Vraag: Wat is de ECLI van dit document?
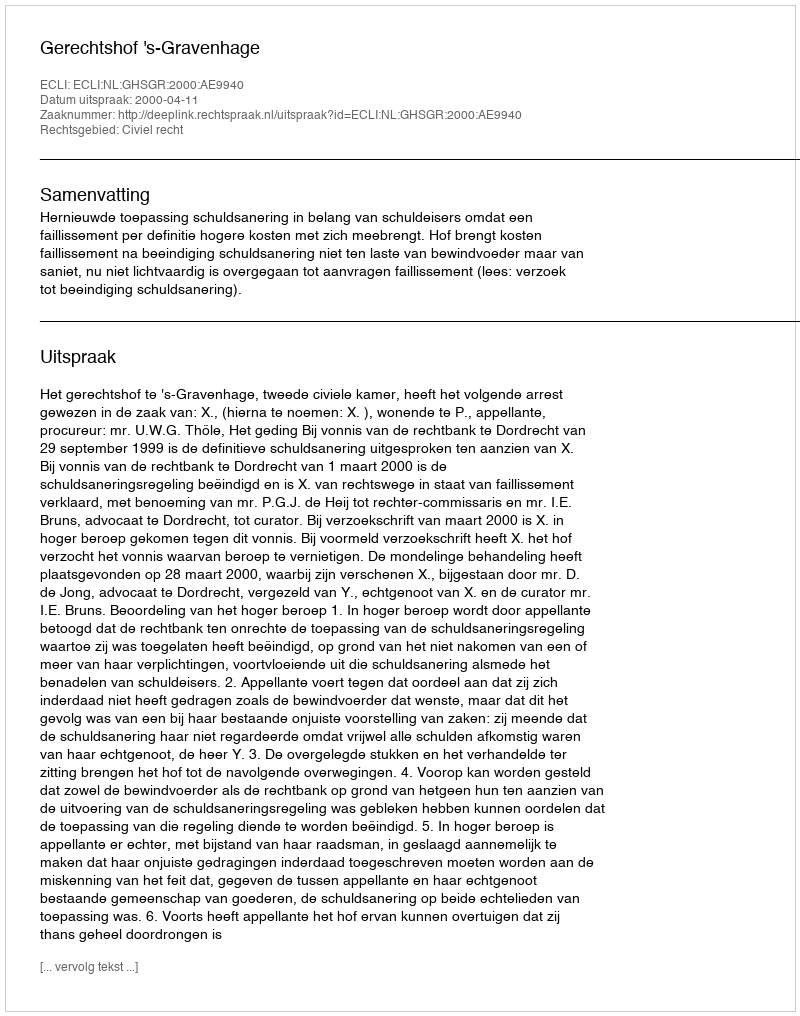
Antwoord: ECLI:NL:GHSGR:2000:AE9940